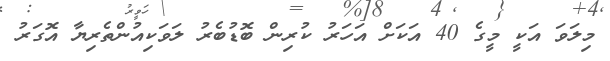
މިލަވަ އަކީ މީގެ 40 އަކަށް އަހަރު ކުރިން ބޮޑުބެރު ލަވަކިއުންތެރިޔާ އޮގަރު